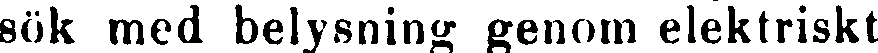
sök med belysning genom elektriskt